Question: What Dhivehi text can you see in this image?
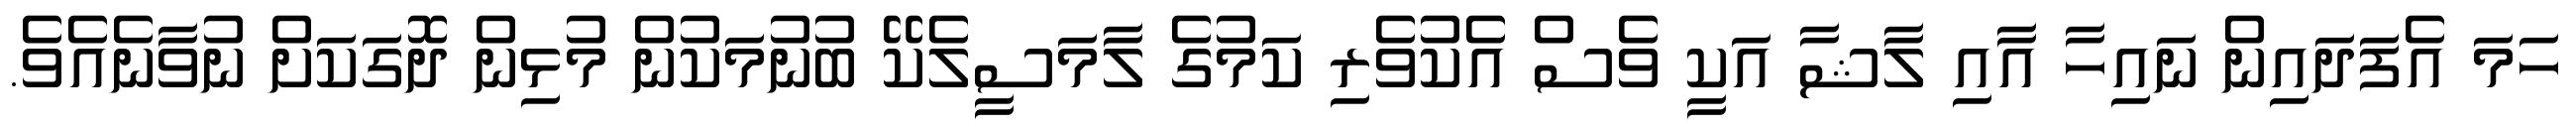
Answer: ހަމަ އެފަދައިން ނައިހާ އާއި ލާޝާ އަކީ ވެސް އެކުވެރި ކަމުގެ ލާމަސީލެކޭ ބުނުމަކުން މުޅިން ދޮގަކަށް ނުވާނެއެވެ.